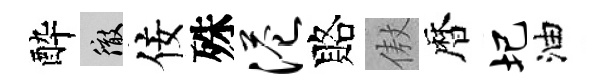
酔徹佞殊港賂傲暦圯油